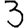
Digit: 3